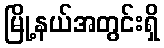
မြို့နယ်အတွင်းရှိ